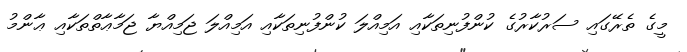
މީގެ ތެރޭގައި ސަރުކާރުގެ ކުންފުނިތަކާއި އަމިއްލަ ކުންފުނިިތަކާއި އަމިއްލަ ޖަމިއްޔާ ޖަމާޢާތްތަކާއި ޢާންމު